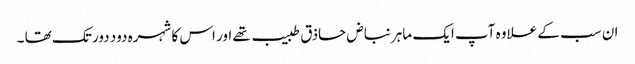
ان سب کے علاوہ آپ ایک ماہر نباض حاذق طبیب تھے اور اس کا شہرہ دود دور تک تھا ۔